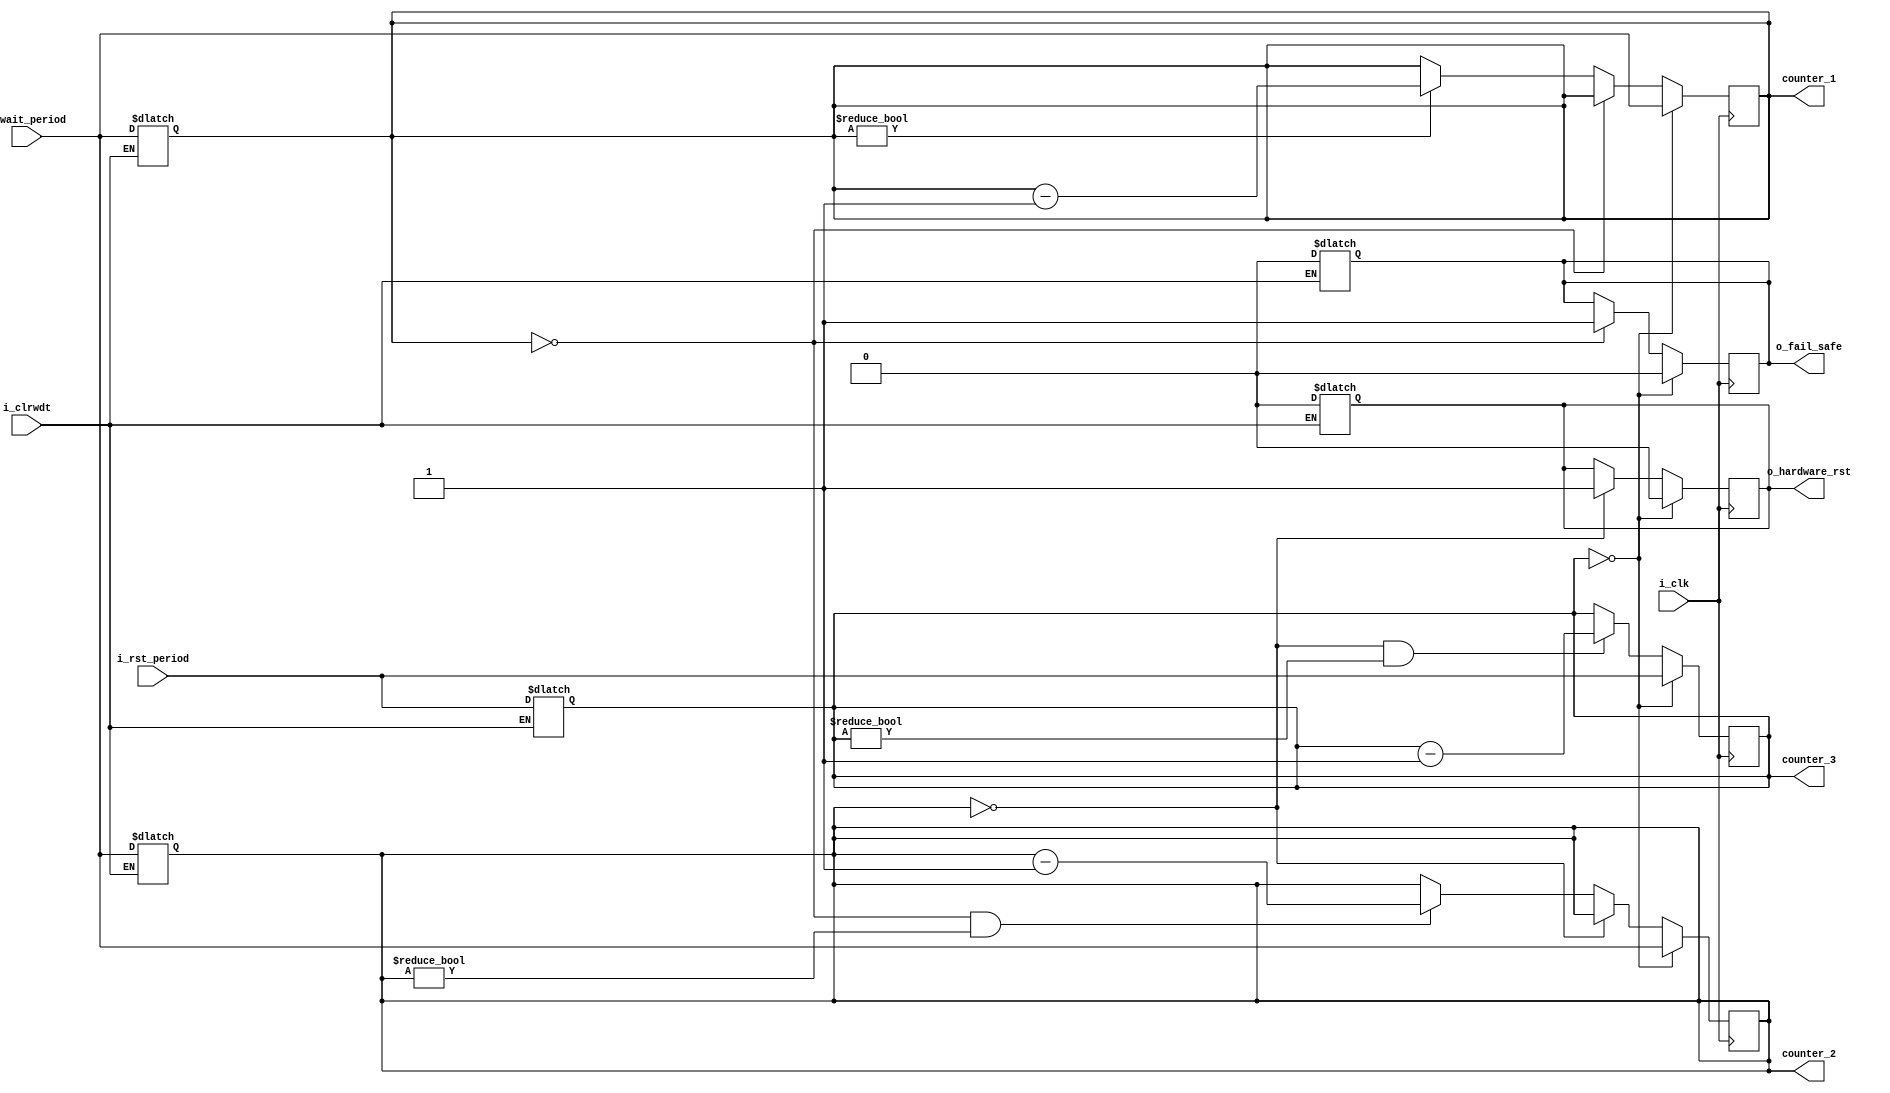
module watchdog_timer (i_clk, i_clrwdt, i_wait_period, i_rst_period, o_fail_safe, o_hardware_rst, counter_1, counter_2, counter_3);
	input i_clk;
	input i_clrwdt;				// clear watchdog, the CPU should provide this signal in a predermined period
	input [31:0] i_wait_period;		// how long WDT wait for system feedback
	input [31:0] i_rst_period;		// determine the period of active logic level at reset pin
	output reg o_fail_safe;
	output reg o_hardware_rst;
	
	output reg [31:0] counter_1;		// fail safe condition
	output reg [31:0] counter_2;		// hardware reset condition
	output reg [31:0] counter_3;		// sets period of active logic level at reset pin

	
	always @* begin				//asynchronous clear watchdog
		if (i_clrwdt) begin
			counter_1 <= i_wait_period;
			counter_2 <= i_wait_period;
			counter_3 <= i_rst_period;
			o_fail_safe <= 0;
			o_hardware_rst <= 0;
		end	
	end
	
	always @(posedge i_clk) begin
		if (counter_1 == 32'd0)		// begin fail save state
			o_fail_safe <= 1;
		else if (counter_1 != 32'd0)
			counter_1 <= counter_1 - 1;
		
		if (counter_2 == 32'd0)		// begin hardware reset
			o_hardware_rst <= 1;
		else if (counter_1 == 32'd0 && counter_2 != 32'd0)
			counter_2 <= counter_2 - 1;
		
		if (counter_3 == 32'd0) begin	//stop hardware reset, let the CPU work again
			o_fail_safe <= 0;
			o_hardware_rst <= 0;
			counter_1 <= i_wait_period;
			counter_2 <= i_wait_period;
			counter_3 <= i_rst_period;
		end else if (counter_2 == 32'd0 && counter_3 != 32'd0)
			counter_3 <= counter_3 - 1;
	end

endmodule